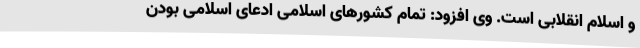
و اسلام انقلابی است. وی افزود: تمام کشورهای اسلامی ادعای اسلامی بودن